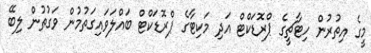
މީގެ އިތުރުން ހިޓާޗީގެ ޕްރޮޑަކްޓް އަދި މަކިޓާގެ ޕްރޮޑަކްޓް ބައްލަވައިގަތުމުން ވަގުތުން ލިބޭ